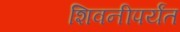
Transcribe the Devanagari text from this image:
शिवनीपर्यंत